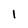
Character: I